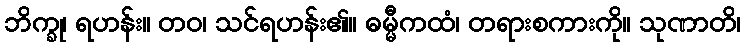
ဘိက္ခု၊ ရဟန်း။ တဝ၊ သင်ရဟန်း၏။ ဓမ္မီကထံ၊ တရားစကားကို။ သုဏာတိ၊